Indian journal of veterinary science and animal husbandry - Volumes 15-17, 1948-1951
Year: 1948
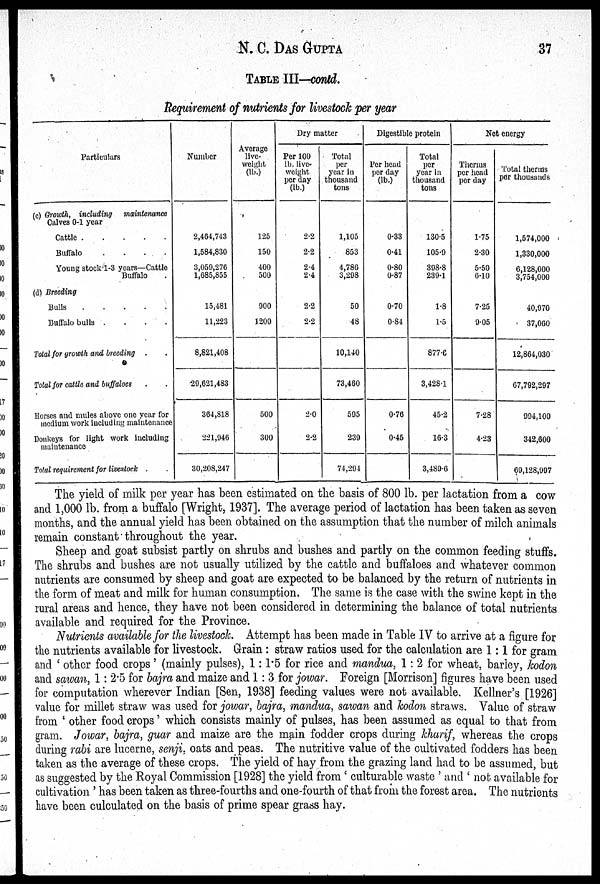
N. C.
DAS
GUPTA
37
TABLE III—contd.
Requirement of nutrients for livestock per year
Particulars
(c) Growth, including maintenance
Calves 0-1 year
Cattle . . . . .
Buffalo
.
.
.
.
Young stock 1-3 years—Cattle
Buffalo
(d) Breeding
Bulls . . . . .
Buffalo bulls .
.
.
.
Total for growth and breeding . .
Total for cattle and buffaloes . .
Horses and mules above one year for
medium work including maintenance
Donkeys for light work including
maintenance
Total requirement for livestock . .
Number
2,464,743
1,584,830
3,059,276
1,685,855
15,481
11,223
8,821,408
29,621,483
364,818
221,946
30,208,247
Average
live-
weight
(lb.)
125
150
400
500
900
1200
500
300
Dry matter
Per 100
lb. live-
weight
per day
(lb.)
2.2
2.2
2.4
2.4
2.2
2.2
2.0
2.2
Total
per
year in
thousand
tons
1,105
853
4,786
3,298
50
48
10,140
73,460
595
239
74,294
Digestible protein
Per head
per day
(lb.)
0.33
0.41
0.80
0.87
0.70
0.84
0.76
0.45
Total
per
year in
thousand
tons
130.5
105.9
398.8
239.1
1.8
1.5
877.6
3,428.1
45.2
16.3
3,489.6
Net energy
Therms
per head
per day
1.75
2.30
5.50
6.10
7.25
9.05
7.28
4.23
Total therms
per thousands
1,574,000
1,330,000
6,128,000
3,754,000
40,970
37,060
12,864,030
67,792,297
994 100
342,600
69,128,997
The yield of milk per year has been estimated on the basis of 800 lb. per lactation from a cow
and 1,000 lb. from a buffalo [Wright, 1937]. The average period of lactation has been taken as seven
months, and the annual yield has been obtained on the assumption that the number of milch animals
remain constant throughout the year.
Sheep and goat subsist partly on shrubs and bushes and partly on the common feeding stuffs.
The shrubs and bushes are not usually utilized by the cattle and buffaloes and whatever common
nutrients are consumed by sheep and goat are expected to be balanced by the return of nutrients in
the form of meat and milk for human consumption. The same is the case with the swine kept in the
rural areas and hence, they have not been considered in determining the balance of total nutrients
available and required for the Province.
Nutrients available for the livestock. Attempt has been made in Table IV to arrive at a figure for
the nutrients available for livestock. Grain: straw ratios used for the calculation are 1:1 for gram
and 'other food crops' (mainly pulses), 1:1.5 for rice and mandua, 1:2 for wheat, barley, kodon
and sawan, 1:2.5 for bajra and maize and 1:3 for jowar. Foreign [Morrison] figures have been used
for computation wherever Indian [Sen, 1938] feeding values were not available. Kellner's [1926]
value for millet straw was used for jowar, bajra, mandua, sawan and kodon straws. Value of straw
from 'other food crops' which consists mainly of pulses, has been assumed as equal to that from
gram. Jowar, bajra, guar and maize are the main fodder crops during kharif, whereas the crops
during rabi are lucerne, senji, oats and peas. The nutritive value of the cultivated fodders has been
taken as the average of these crops. The yield of hay from the grazing land had to be assumed, but
as suggested by the Royal Commission [1928] the yield from 'culturable waste' and 'not available for
cultivation' has been taken as three-fourths and one-fourth of that from the forest area. The nutrients
have been culculated on the basis of prime spear grass hay.